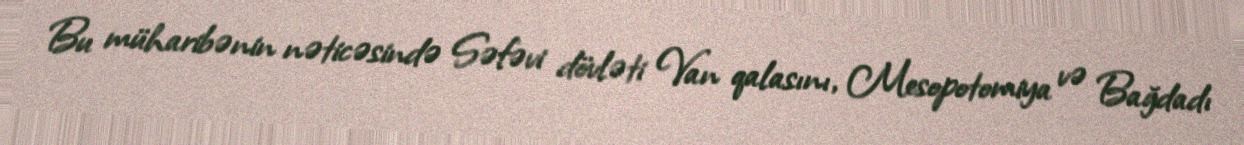
Bu müharibənin nəticəsində Səfəvi dövləti Van qalasını, Mesopotomiya və Bağdadı